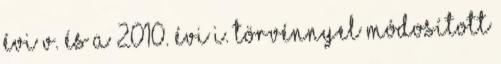
évi V. és a 2010. évi I. törvénnyel módosított